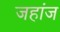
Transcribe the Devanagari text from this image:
जहांज